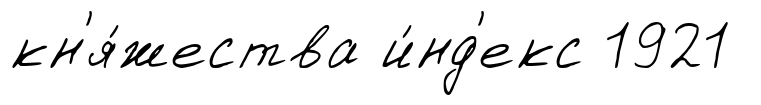
кн'я́жества и́нд'екс 1921